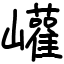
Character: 巏